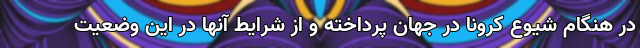
در هنگام شیوع کرونا در جهان پرداخته و از شرایط آنها در این وضعیت